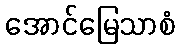
အောင်မြေသာစံ